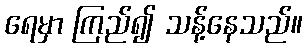
ရေမှာ ကြည်၍ သန့်နေသည်။